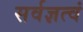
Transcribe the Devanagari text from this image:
सर्वज्ञत्वं